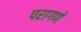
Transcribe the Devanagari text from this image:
परागणे